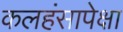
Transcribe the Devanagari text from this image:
कलहंसापेक्षा